65_HS1-834228961_62-HQ-83894_Section_3
Agency: FBI
Page 76
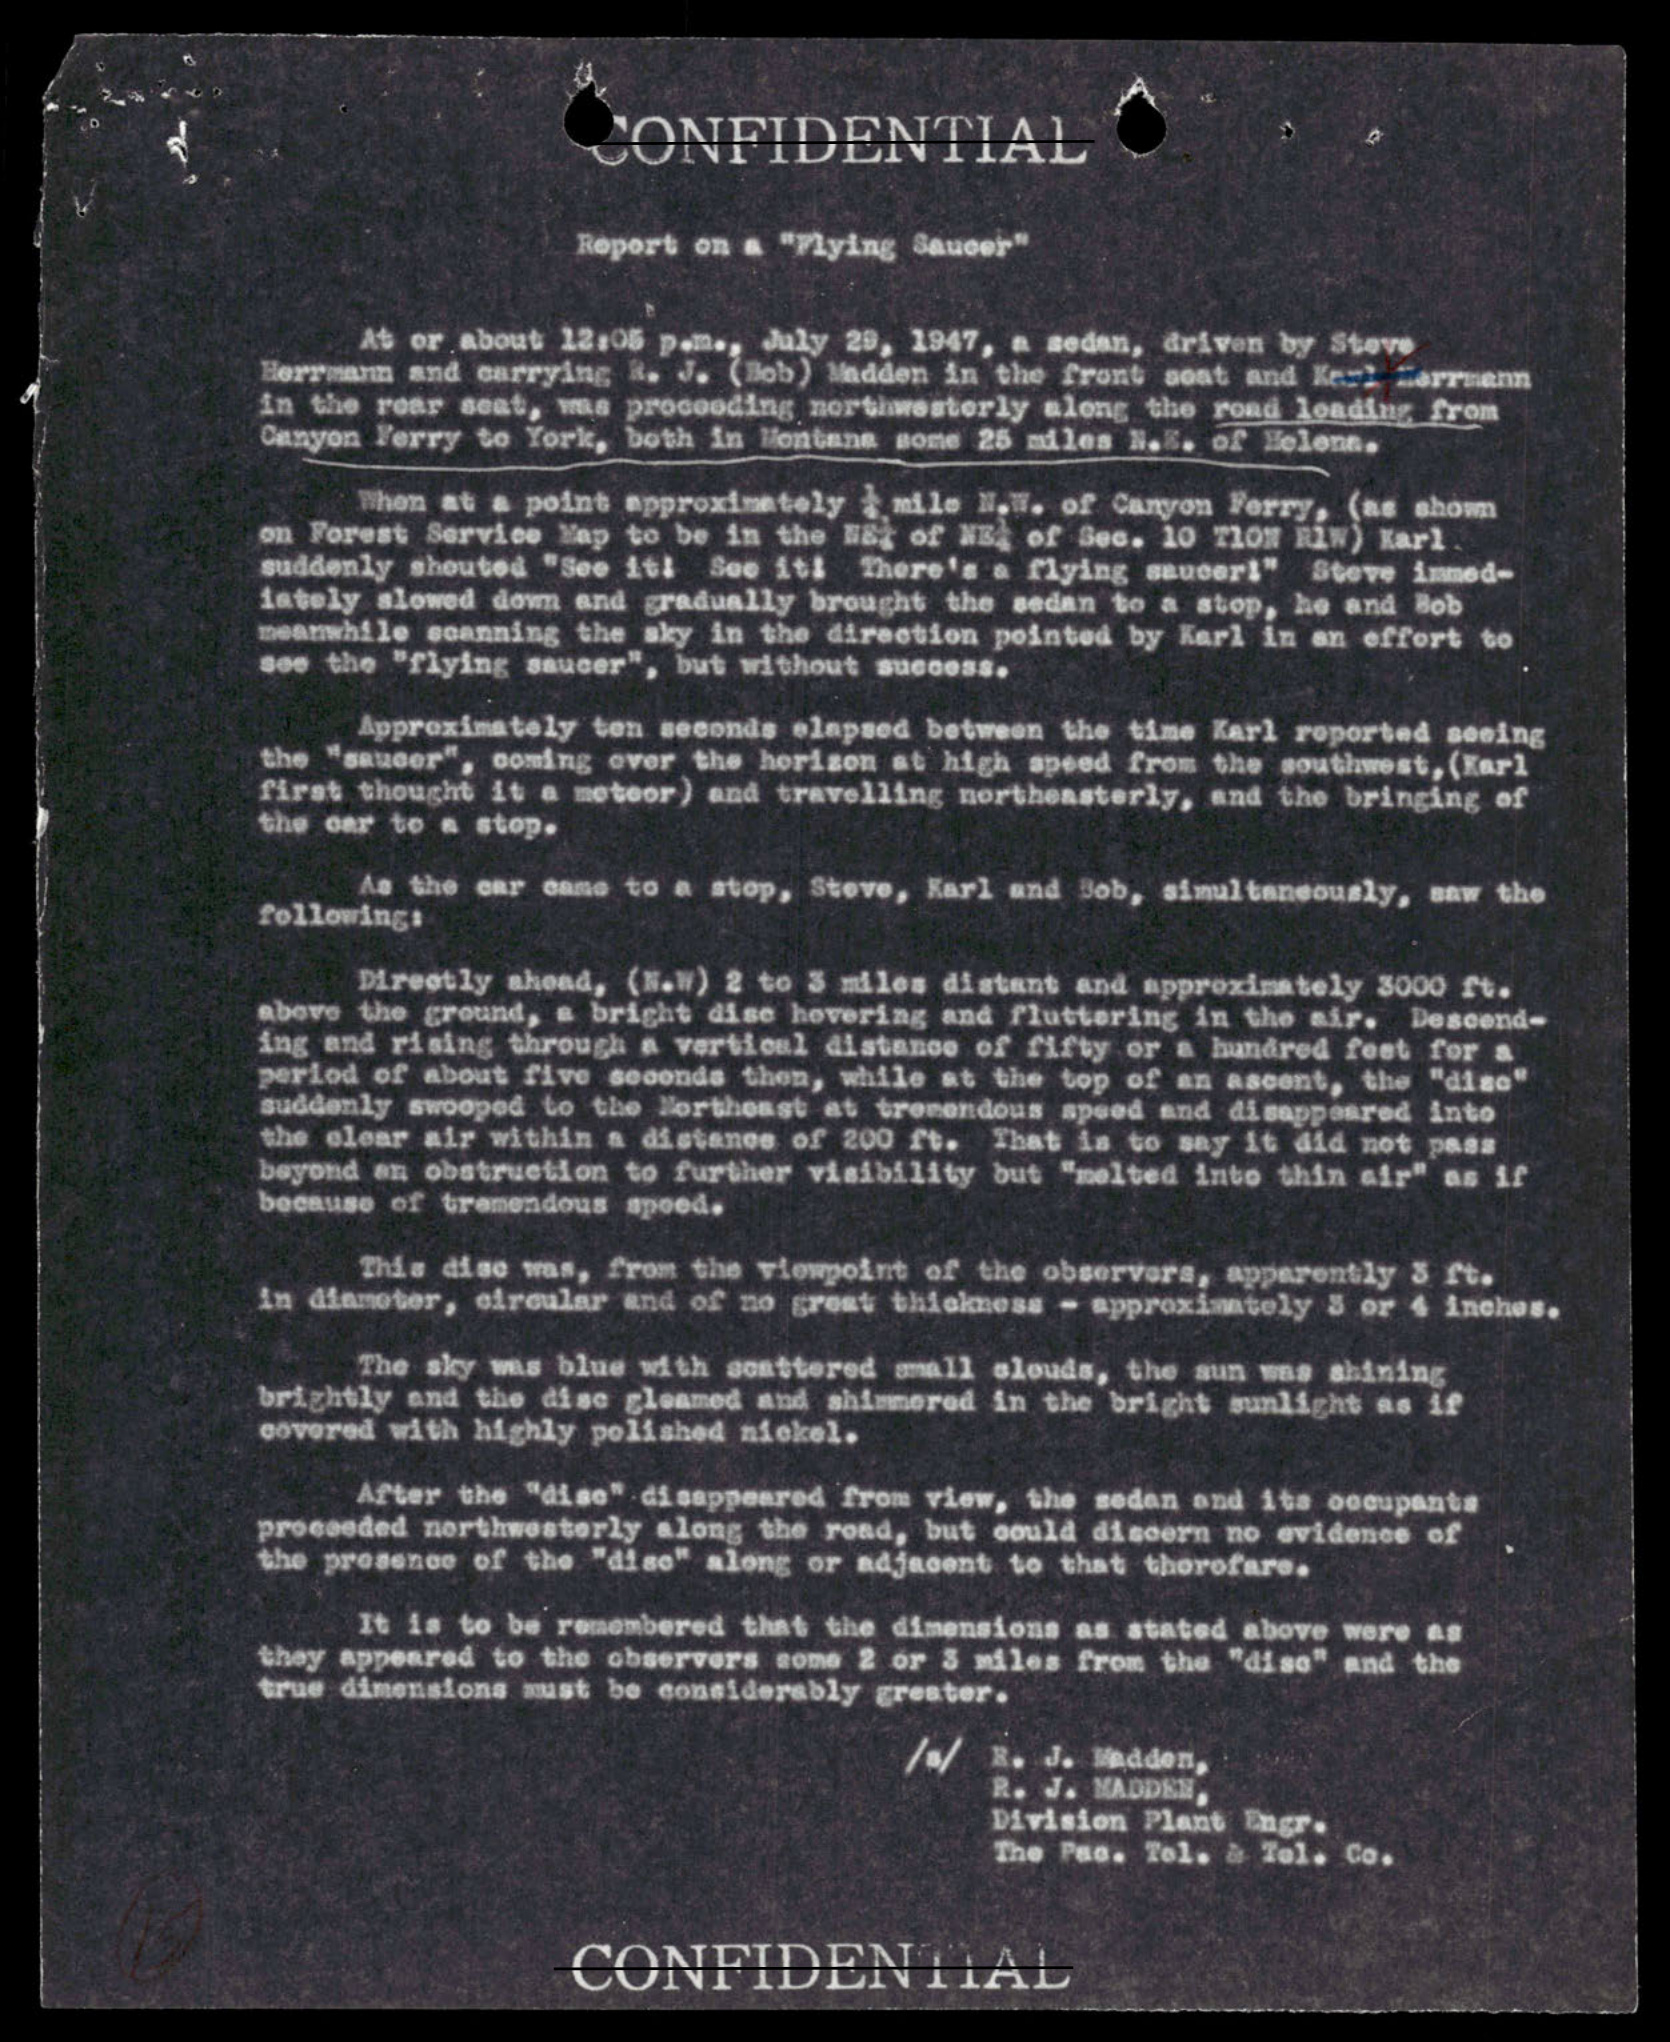